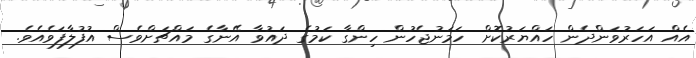
އެއް އަހަރުވަންދެން ހައްޔަރުކޮށް ހަމަނުޖެހުން ހިންގާ ކަމުގެ ދައުވާ އޭނާގެ މައްޗަށްވެސް އުފުލާފަވެއެވެ.